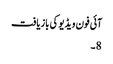
آئی فون ویڈیو کی بازیافت
8 ۔